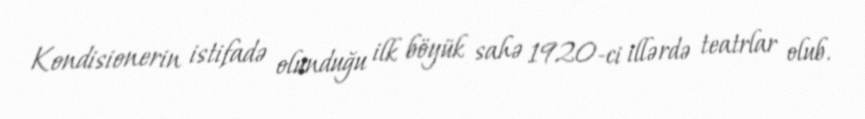
Kondisionerin istifadə olunduğu ilk böyük sahə 1920-ci illərdə teatrlar olub.